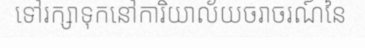
ទៅរក្សាទុកនៅការិយាល័យចរាចរណ៍នៃ